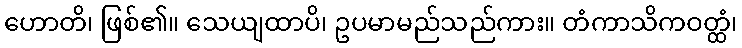
ဟောတိ၊ ဖြစ်၏။ သေယျထာပိ၊ ဥပမာမည်သည်ကား။ တံကာသိကဝတ္ထံ၊